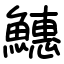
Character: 𬵪